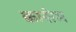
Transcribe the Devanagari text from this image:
कासेम